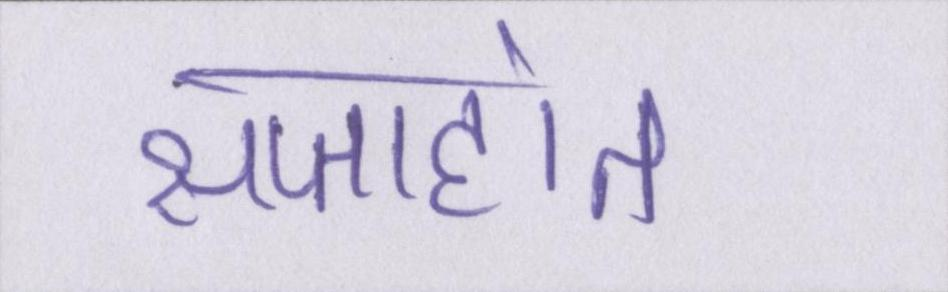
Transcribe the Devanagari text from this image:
सप्ताहांत